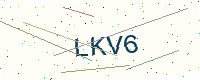
Text: LKV6